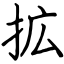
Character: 拡